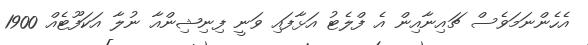
އެހެންނަމަވެސް ޗައިނާއިން އެ ފްލެޓު އަޅާފައި ވަނީ ފިނިޝިންއާ ނުލާ އަކަފޫޓެއް 1900